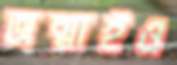
জন্মাইও